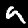
Digit: 9